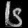
Digit: ၆